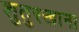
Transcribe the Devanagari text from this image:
शुतुरखाना